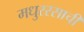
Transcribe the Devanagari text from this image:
मधुररसाची